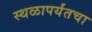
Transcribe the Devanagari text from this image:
स्थळापर्यंतचा